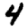
Digit: 4